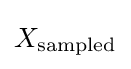
X_{\mathrm {sampled} }